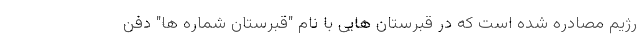
رژیم مصادره شده است که در قبرستان هایی با نام "قبرستان شماره ها" دفن